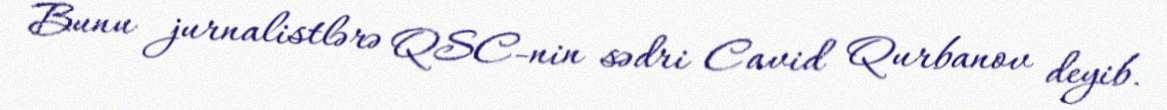
Bunu jurnalistlərə QSC-nin sədri Cavid Qurbanov deyib.